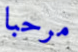
مرحبا